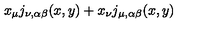
x _ { \mu } j _ { \nu , \alpha \beta } ( x , y ) + x _ { \nu } j _ { \mu , \alpha \beta } ( x , y )